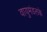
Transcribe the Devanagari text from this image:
वायुमंडलके